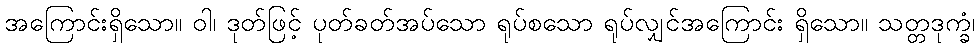
အကြောင်းရှိသော။ ဝါ၊ ဒုတ်ဖြင့် ပုတ်ခတ်အပ်သော ရုပ်စသော ရုပ်လျှင်အကြောင်း ရှိသော။ သတ္တဒုက္ခံ၊